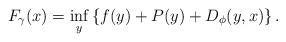
LaTeX: \begin{align*}F_\gamma(x) = \inf_y \left\{f(y) + P(y) + D_\phi(y,x)\right\}.\end{align*}